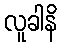
လူခါနိ